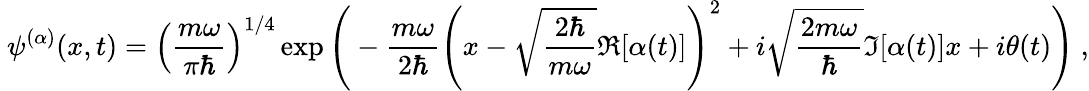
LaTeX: ~\psi^{(\alpha)}(x,t)=\left({\frac{m\omega}{\pi\hbar}}\right)^{1/4}\exp{\Bigg(}-{\frac{m\omega}{2\hbar}}\left(x-{\sqrt{\frac{2\hbar}{m\omega}}}\Re[\alpha(t)]\right)^{2}+i{\sqrt{\frac{2m\omega}{\hbar}}}\Im[\alpha(t)]x+i\theta(t){\Bigg)}~,